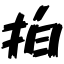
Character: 拍